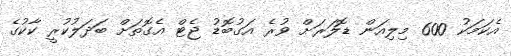
އެކަމަކު 600 މިލިއަން ޑޮލަރަށް ވުރެ އަގުބޮޑު ޖެޓް އެގޮތަށް ބަދަލުކުރީ ކާކުގެ